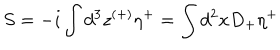
S = - i \int d ^ { 3 } z ^ { ( + ) } \eta ^ { + } = \int d ^ { 2 } x D _ { + } \eta ^ { + }